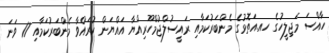
ހާއްސަ މަޖިލީހުގެ ހއ.އަތޮޅުގެ މެންބަރުކަމާއި ރައީސުލްޖުމްހޫރިއްޔާ އައްޔަން ކުރައްވާ މެންބަރުކަމާއި 17 ވަނަ